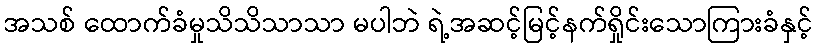
အသစ် ထောက်ခံမှုသိသိသာသာ မပါဘဲ ရဲ့အဆင့်မြင့်နက်ရှိုင်းသောကြားခံနှင့်